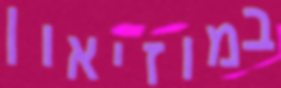
במוזיאון